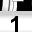
Digit: 1